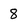
Character: 8